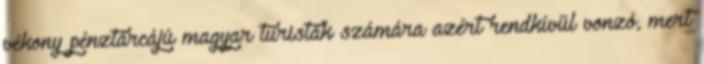
vékony pénztárcájú magyar turisták számára azért rendkívül vonzó, mert